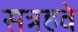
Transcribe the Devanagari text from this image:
सत्रहवे